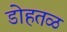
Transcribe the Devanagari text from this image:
डोहतळ